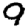
Digit: 9